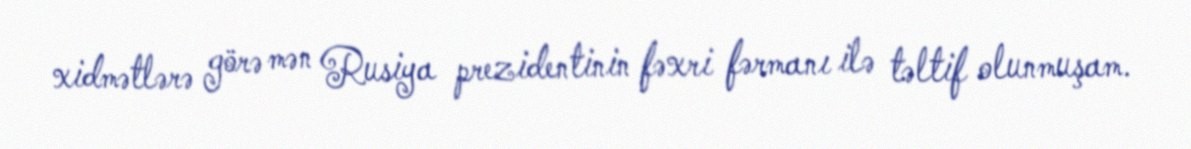
xidmətlərə görə mən Rusiya prezidentinin fəxri fərmanı ilə təltif olunmuşam.